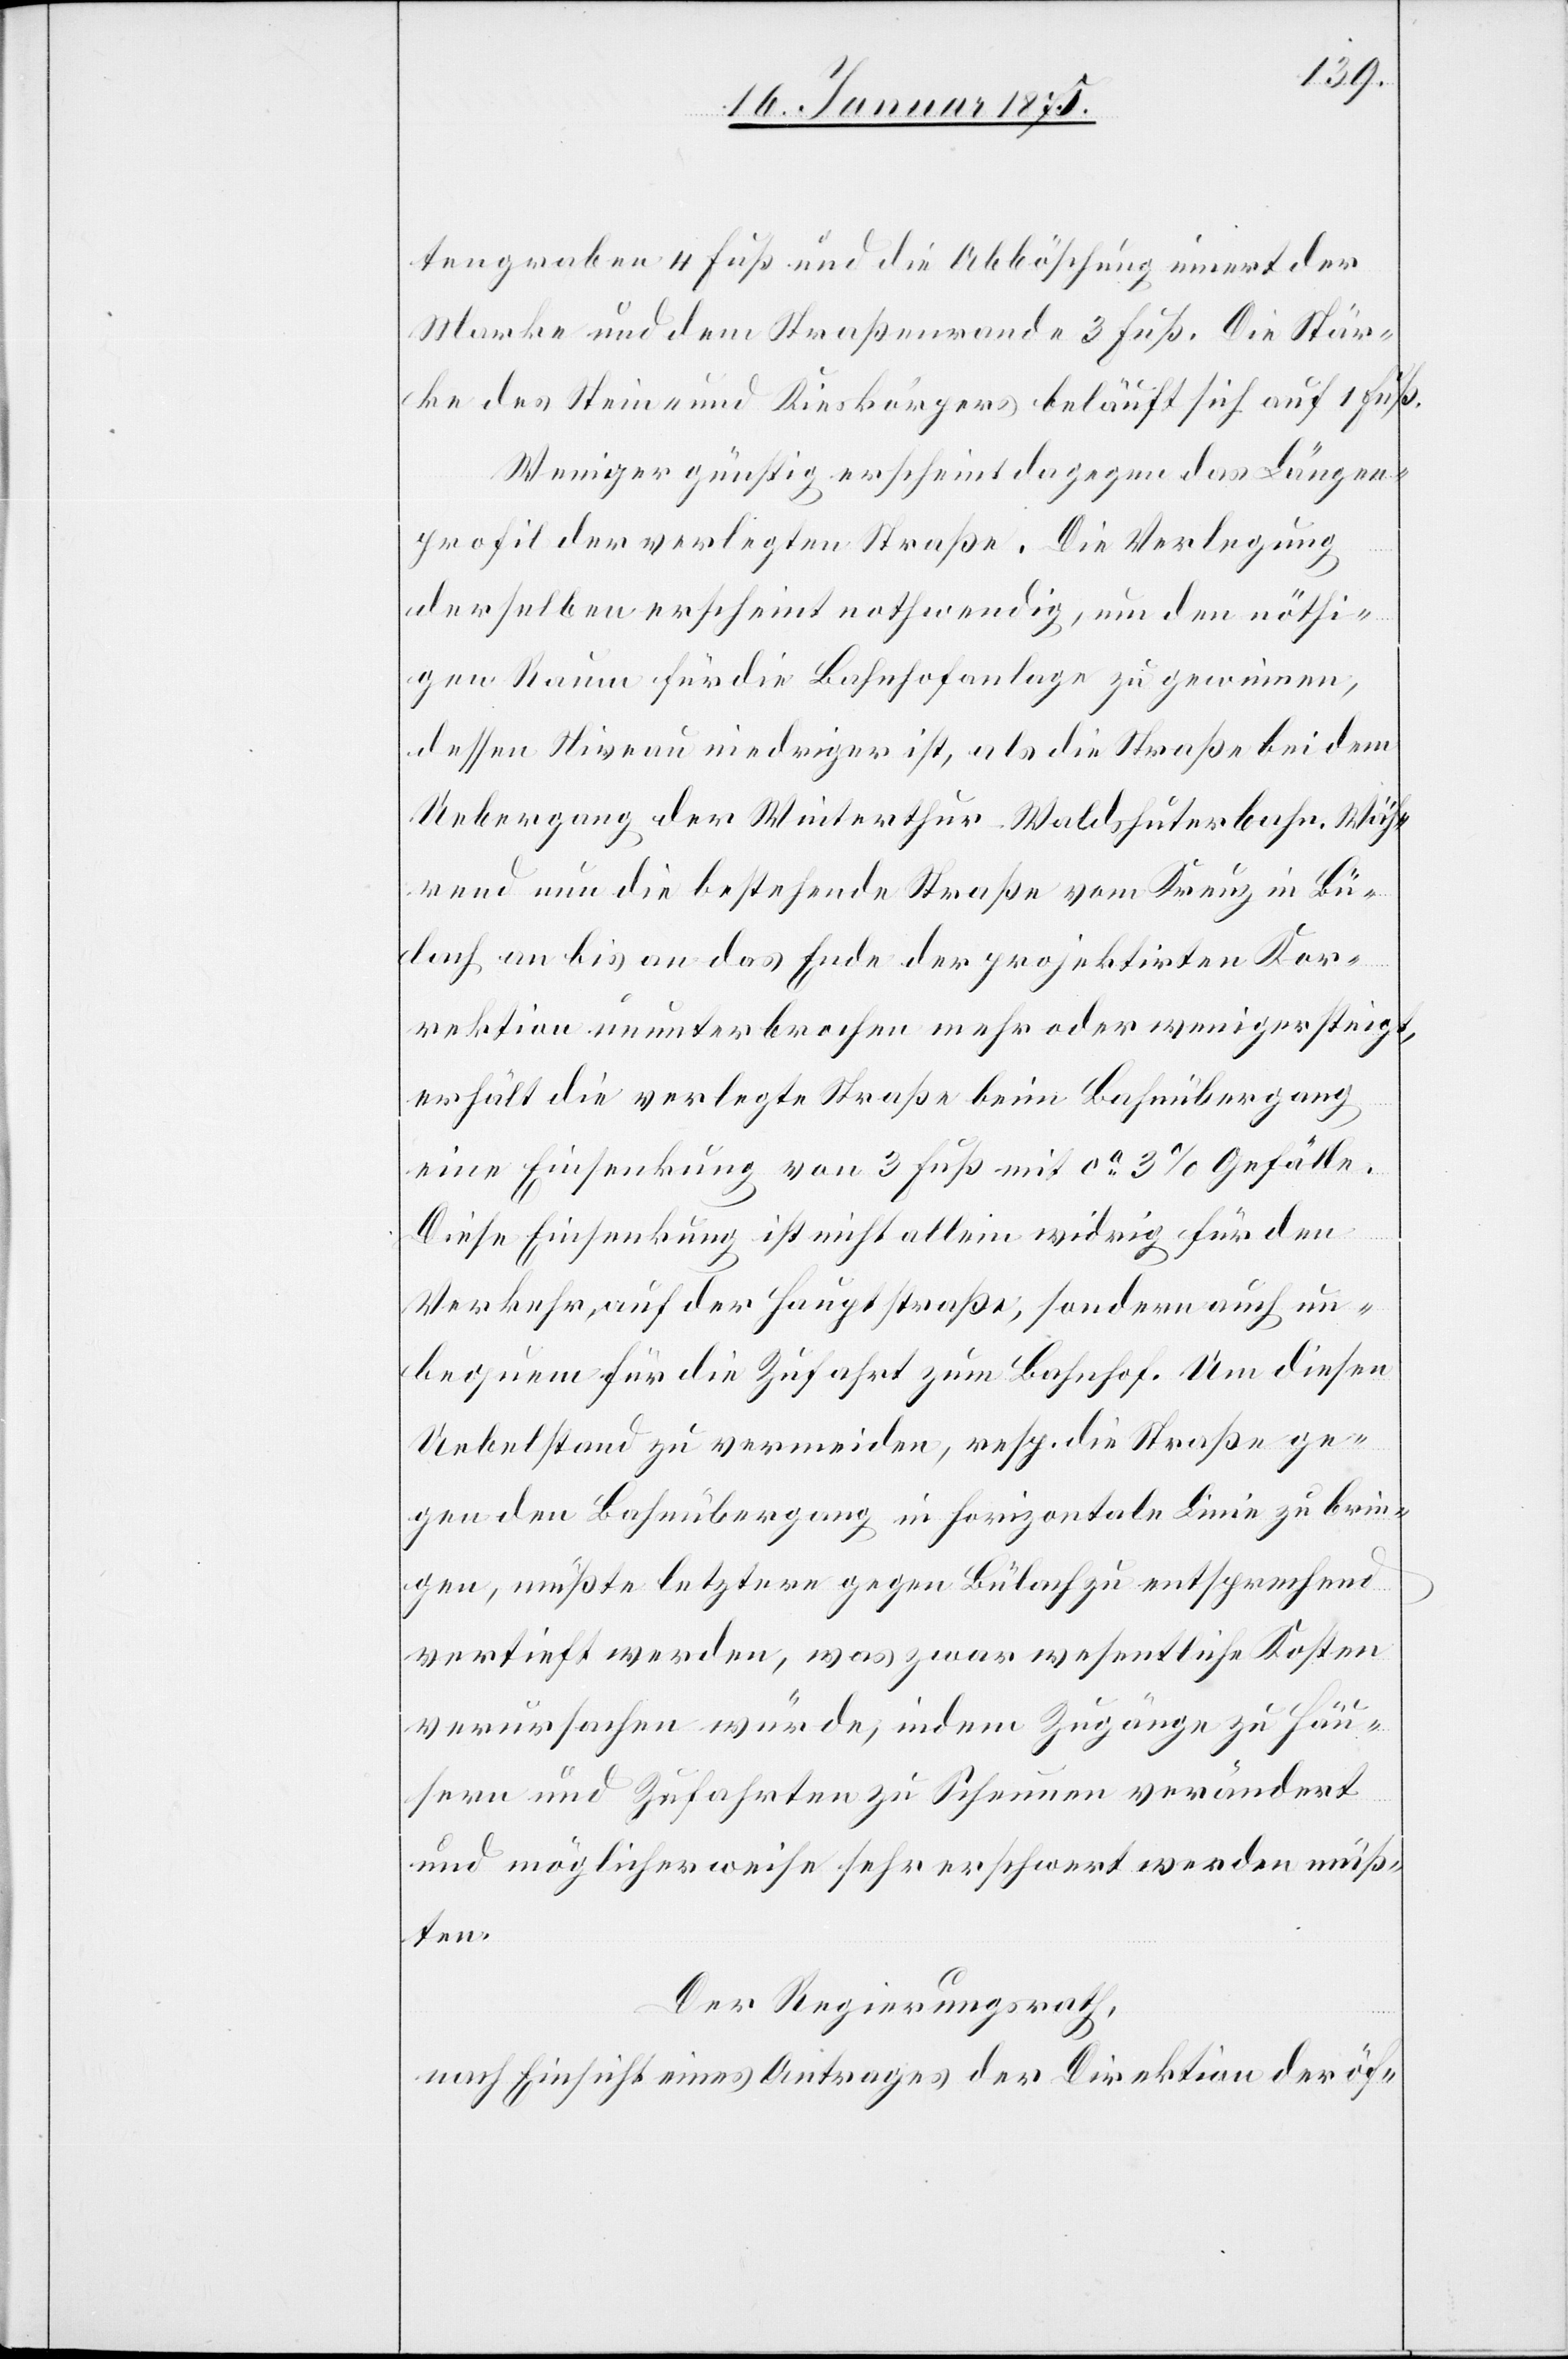
tengraben 4 Fuß und die Abböschung innert der
Marke und dem Straßenrande 3 Fuß. Die Stär¬
ke des Stein- und Kieskörpers beläuft sich auf 1 Fuß.
Weniger günstig erscheint dagegen das Längen¬
profil der verlegten Straße. Die Verlegung
derselben erscheint nothwendig, um den nöthi¬
gen Raum für die Bahnhofanlage zu gewinnen,
dessen Niveau niedriger ist, als die Straße bei dem
Uebergang der Winterthur–Waldshuterbahn. Wäh¬
rend nun die bestehende Straße vom Kreuz in Bü¬
lach an bis an das Ende der projektirten Kor¬
rektion ununterbrochen mehr oder weniger steigt,
erhält die verlegte Straße beim Bahnübergang
eine Einsenkung von 3 Fuß mit ca 3% Gefälle.
Diese Einsenkung ist nicht allein widrig für den
Verkehr, auf der Hauptstraße, sondern auch un¬
bequem für die Zufahrt zum Bahnhof. Um diesen
Uebelstand zu vermeiden, resp. die Straße ge¬
gen den Bahnübergang in horizontale Linie zu brin¬
gen, müßte letztere gegen Bülach zu entsprechend
vertieft werden, was zwar wesentlich Kosten
verursachen würde, indem Zugänge zu Häu¬
sern und Zufahrten zu Scheunen verändert
und möglicherweise sehr erschwert werden müß¬
ten.
Der Regierungsrath,
nach Einsicht eines Antrages der Direktion der öf-